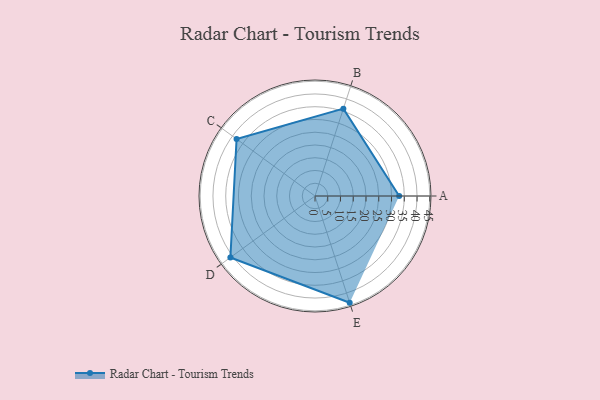
{"axis": {"x": "Skill", "y": "Score"}, "legend": ["Profile"], "data": [{"x": "A", "y": 33.0, "type": "Profile"}, {"x": "B", "y": 36.0, "type": "Profile"}, {"x": "C", "y": 38.0, "type": "Profile"}, {"x": "D", "y": 41.0, "type": "Profile"}, {"x": "E", "y": 44.0, "type": "Profile"}]}